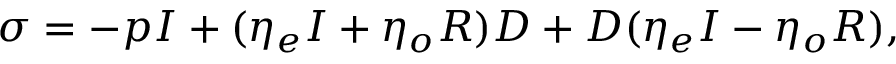
\sigma = - p I + ( \eta _ { e } I + \eta _ { o } R ) D + D ( \eta _ { e } I - \eta _ { o } R ) ,